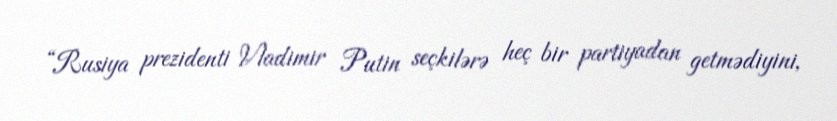
“Rusiya prezidenti Vladimir Putin seçkilərə heç bir partiyadan getmədiyini,